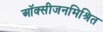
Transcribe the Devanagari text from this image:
ऑक्सीजनमिश्रित